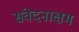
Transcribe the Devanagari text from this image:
संवेदनाक्षम